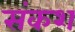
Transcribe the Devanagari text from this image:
संकश